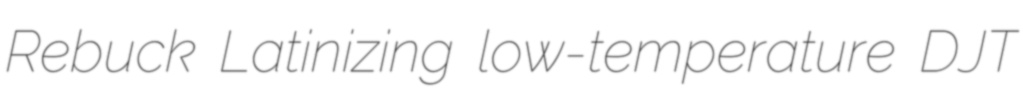
Rebuck Latinizing low-temperature DJT